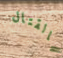
بالقتال